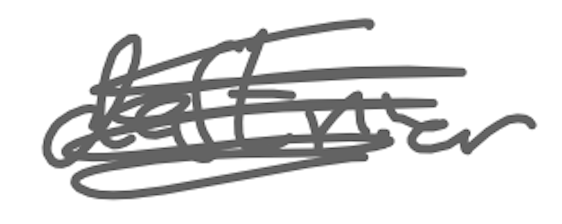
Text: destrier
Cross-out: scratch
Writing tool: digital_gray